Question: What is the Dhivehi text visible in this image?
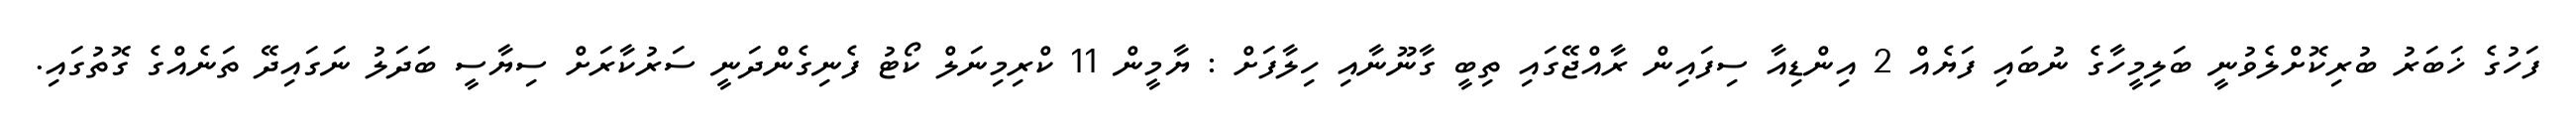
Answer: ފަހުގެ ޚަބަރު ބުރިކޮށްލެވުނީ ބަލިމީހާގެ ނުބައި ފަޔެއް 2 އިންޑިއާ ސިފައިން ރާއްޖޭގައި ތިބީ ގާނޫނާއި ހިލާފަށް : ޔާމީން 11 ކްރިމިނަލް ކޯޓު ފެނިގެންދަނީ ސަރުކާރަށް ސިޔާސީ ބަދަލު ނަގައިދޭ ތަނެއްގެ ގޮތުގައި.